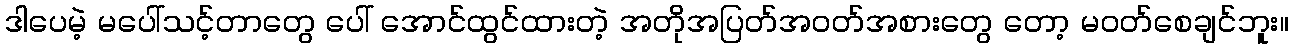
ဒါပေမဲ့ မပေါ်သင့်တာတွေ ပေါ် အောင်ထွင်ထားတဲ့ အတိုအပြတ်အဝတ်အစားတွေ တော့ မဝတ်စေချင်ဘူး။